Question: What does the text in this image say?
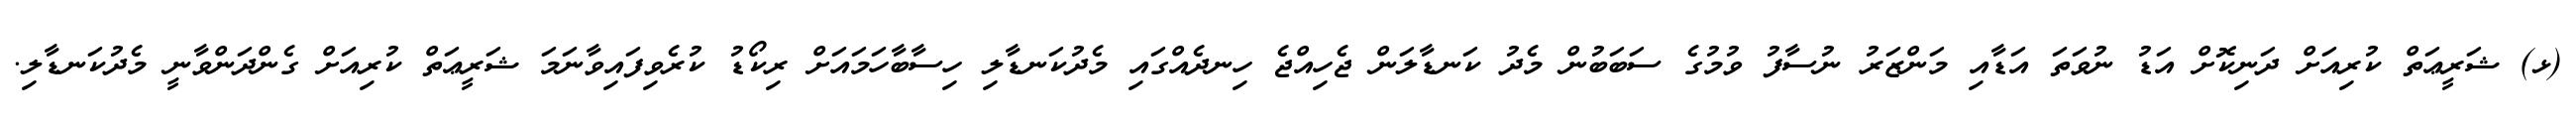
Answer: (ޅ) ޝަރީޢަތް ކުރިއަށް ދަނިކޮށް އަޑު ނުވަތަ އަޑާއި މަންޒަރު ނުސާފު ވުމުގެ ސަބަބުން މެދު ކަނޑާލަން ޖެހިއްޖެ ހިނދެއްގައި މެދުކަނޑާލި ހިސާބާހަމައަށް ރިކޯޑު ކުރެވިފައިވާނަމަ ޝަރީޢަތް ކުރިއަށް ގެންދަންވާނީ މެދުކަނޑާލި.